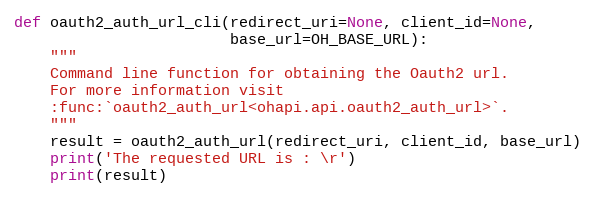
Language: Python
def oauth2_auth_url_cli(redirect_uri=None, client_id=None,
                        base_url=OH_BASE_URL):
    """
    Command line function for obtaining the Oauth2 url.
    For more information visit
    :func:`oauth2_auth_url<ohapi.api.oauth2_auth_url>`.
    """
    result = oauth2_auth_url(redirect_uri, client_id, base_url)
    print('The requested URL is : \r')
    print(result)